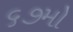
૬૭મો